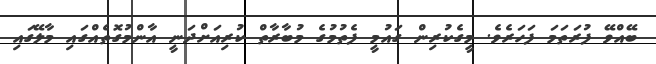
ބޭއްވޭ ފުރަތަމަ ފަހަރެވެ. މީގެކުރިން ގައުމީ ފެތުމުގެ މުބާރާތް ކުރިއަށްދަނީ އާންމުގޮތެއްގައި މާލޭގައި